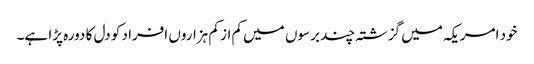
خود امریکہ میں گزشتہ چند برسوں میں کم از کم ہزاروں افراد کو دل کا دورہ پڑا ہے۔